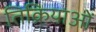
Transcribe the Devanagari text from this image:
तिक्रियाओं